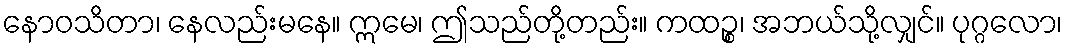
နောဝသိတာ၊ နေလည်းမနေ။ ဣမေ၊ ဤသည်တို့တည်း။ ကထဉ္စ၊ အဘယ်သို့လျှင်။ ပုဂ္ဂလော၊